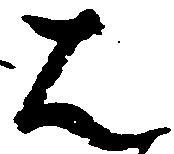
は